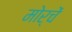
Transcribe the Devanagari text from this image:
मोर्चें